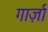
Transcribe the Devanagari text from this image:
गार्ज़ा